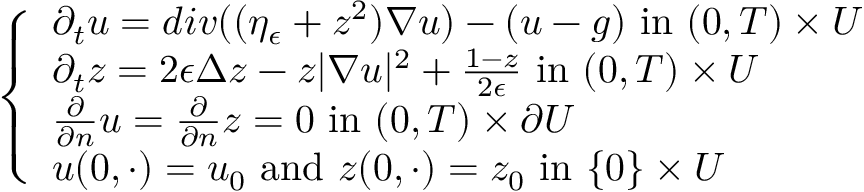
\left\{ \begin{array} { l l } { \partial _ { t } u = d i v ( ( \eta _ { \epsilon } + z ^ { 2 } ) \nabla u ) - ( u - g ) \mathrm { ~ i n ~ } ( 0 , T ) \times U } \\ { \partial _ { t } z = 2 \epsilon \Delta z - z | \nabla u | ^ { 2 } + \frac { 1 - z } { 2 \epsilon } \mathrm { ~ i n ~ } ( 0 , T ) \times U } \\ { \frac { \partial } { \partial n } u = \frac { \partial } { \partial n } z = 0 \mathrm { ~ i n ~ } ( 0 , T ) \times \partial U } \\ { u ( 0 , \cdot ) = u _ { 0 } \mathrm { ~ a n d ~ } z ( 0 , \cdot ) = z _ { 0 } \mathrm { ~ i n ~ } \{ 0 \} \times U } \end{array} \right.